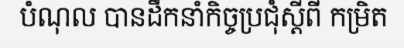
បំណុល បានដឹកនាំកិច្ចប្រជុំស្តីពី កម្រិត